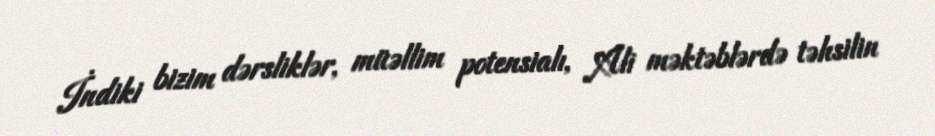
İndiki bizim dərsliklər, müəllim potensialı, Ali məktəblərdə təhsilin